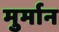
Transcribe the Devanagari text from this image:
मुर्मान